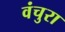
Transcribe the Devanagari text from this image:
वंचुरा